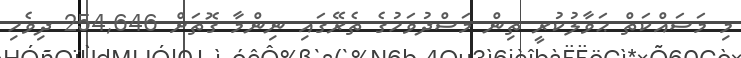
މި މަސައްކަތް ޙަވާލުކުރީ ތިން މަސްދުވަހުގެ ތެރޭގައި ނިންމާ ގޮތަށް 254